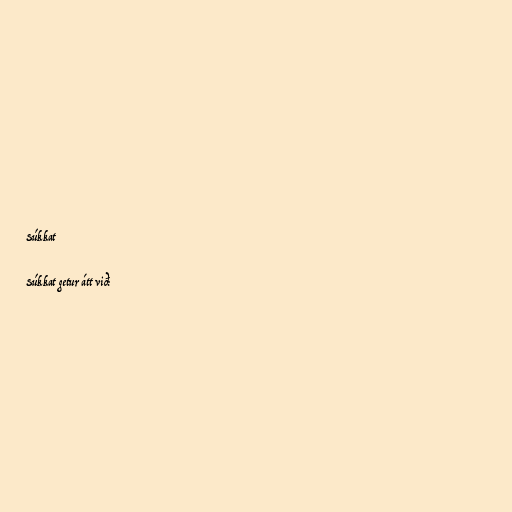
Súkkat

Súkkat getur átt við: